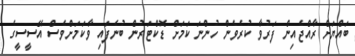
ބައްޔަށް ރާއްޖެއިން ފަރުވާ ކުރެވެން ހުންނަ ކަމަށް ޑޮކްޓަރުން ބުނެފައި ވާކަމަށްވެސް އޭސީސީގެ